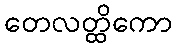
တေလတ္ထိကော